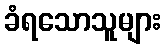
ခံရသောသူများ